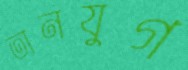
তানযুগ